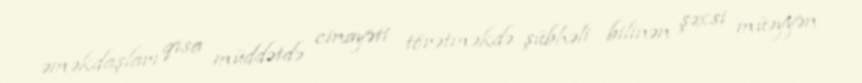
əməkdaşları qısa müddətdə cinayəti törətməkdə şübhəli bilinən şəxsi müəyyən